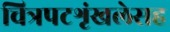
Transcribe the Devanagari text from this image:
चित्रपटशृंखलेसह